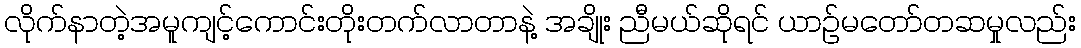
လိုက်နာတဲ့အမူကျင့်ကောင်းတိုးတက်လာတာနဲ့ အချိုး ညီမယ်ဆိုရင် ယာဉ်မတော်တဆမှုလည်း